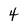
Character: 4